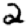
Digit: 2